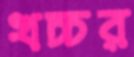
খচ্চর